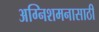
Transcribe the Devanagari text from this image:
अग्निशमनासाठी